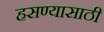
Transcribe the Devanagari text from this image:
हसण्यासाठी